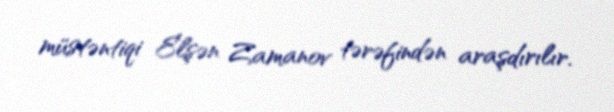
müstəntiqi Elşən Zamanov tərəfindən araşdırılır.